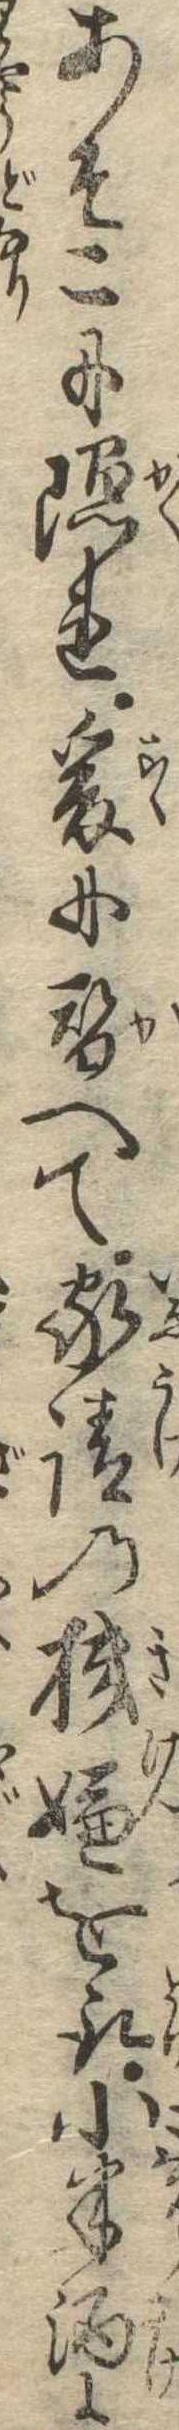
あそこに隠れ爰に替へて家請の機嫌を取小半酒に